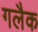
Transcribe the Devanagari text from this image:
गलैक